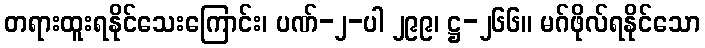
တရားထူးရနိုင်သေးကြောင်း၊ ပဏ်-၂-ပါ ၂၉၉၊ ဋ္ဌ-၂၆၆။ မဂ်ဖိုလ်ရနိုင်သော